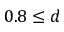
0 . 8 \leq d